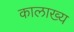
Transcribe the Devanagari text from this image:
कालाख्य